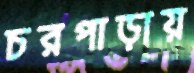
চরপাড়ায়